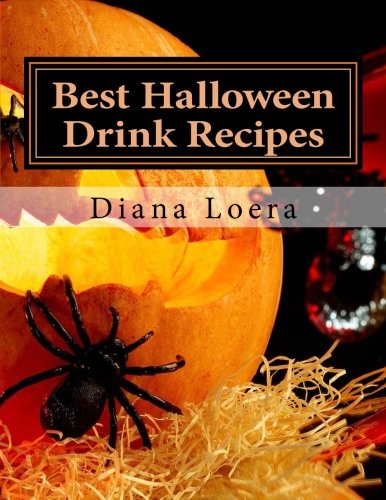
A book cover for Best Halloween Drink Recipes: Spooktacularly Delicious Halloween Drinks; Diana Loera; Cookbooks, Food & Wine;